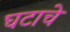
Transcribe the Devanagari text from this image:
घटाचे